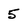
Character: 5